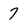
Character: 7